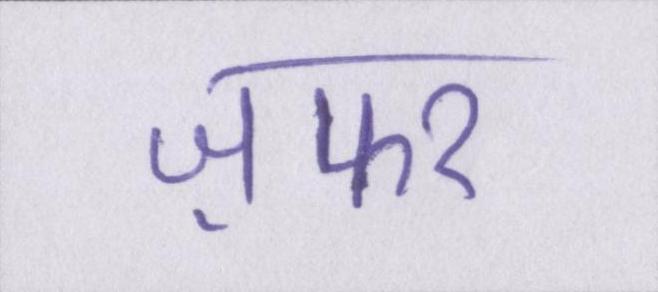
ज़फर